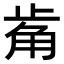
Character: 𧣆